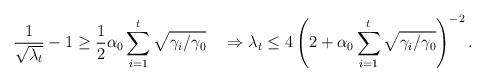
LaTeX: \begin{align*}\frac{1}{\sqrt{\lambda_t}}-1\geq\frac{1}{2}\alpha_0\sum_{i=1}^t\sqrt{\gamma_i/\gamma_0}\quad\Rightarrow\lambda_t\leq4\left(2+\alpha_0\sum_{i=1}^t\sqrt{\gamma_i/\gamma_0}\right)^{-2}.\end{align*}